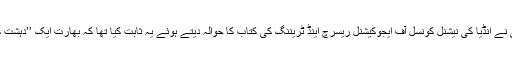
ڈاکٹر منان وانی نے انڈیا کی نیشنل کونسل آف ایجوکیشنل ریسرچ اینڈ ٹریننگ کی کتاب کا حوالہ دیتے ہوئے یہ ثابت کیا تھا کہ بھارت ایک ’’دہشت گرد‘‘ ملک ہے۔